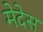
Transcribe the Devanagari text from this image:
मेदेस